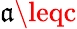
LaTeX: \mathfrak{a}\leqc